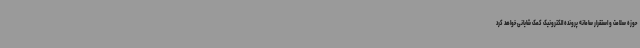
حوزه سلامت و استقرار سامانه پرونده الکترونیک کمک شایانی خواهد کرد